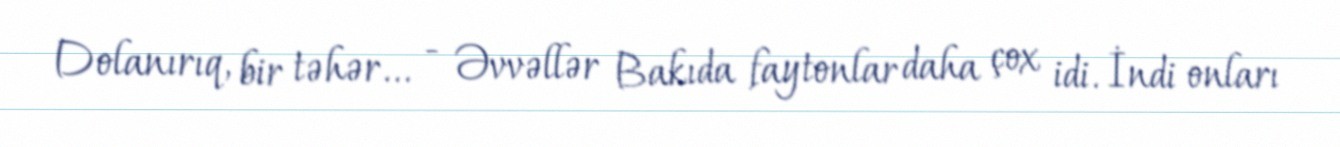
Dolanırıq, bir təhər... - Əvvəllər Bakıda faytonlar daha çox idi. İndi onları